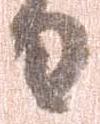
日